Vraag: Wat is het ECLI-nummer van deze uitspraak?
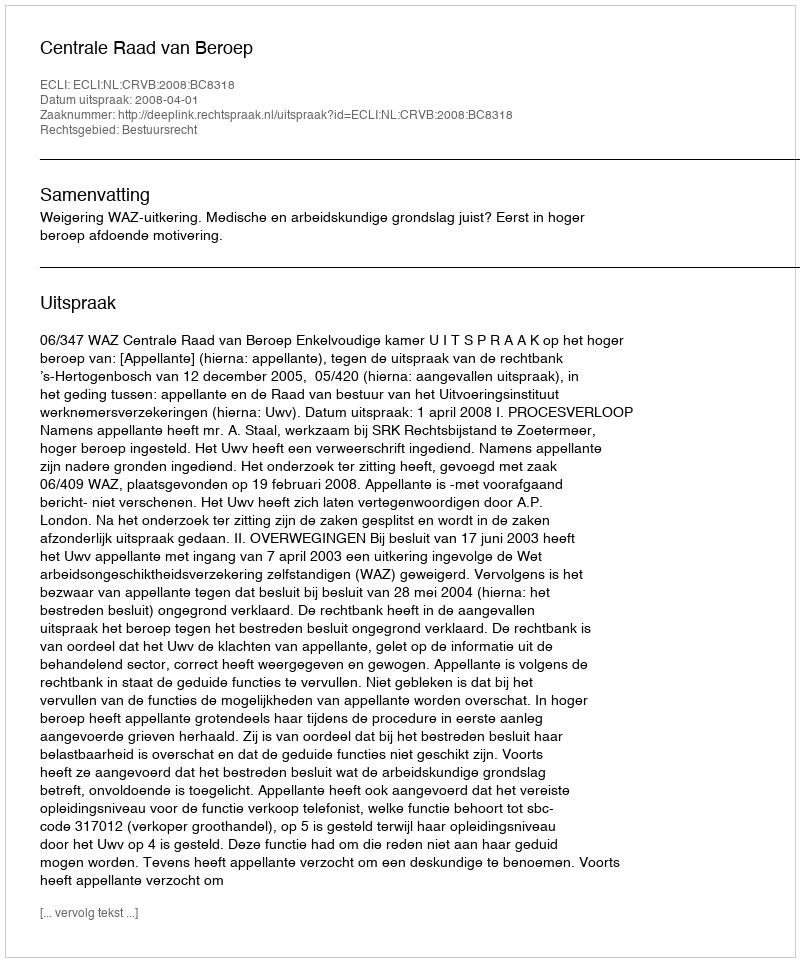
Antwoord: ECLI:NL:CRVB:2008:BC8318